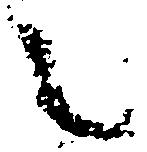
之